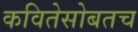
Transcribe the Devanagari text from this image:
कवितेसोबतच